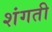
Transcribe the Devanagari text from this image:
शंगती